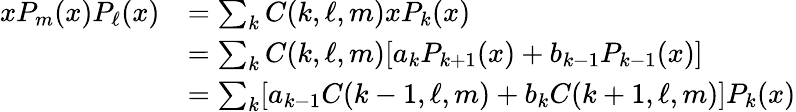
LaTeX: \begin{array}{rl}{xP_{m}(x)P_{\ell}(x)}&{=\sum_{k}C(k,\ell,m)xP_{k}(x)}\\ &{=\sum_{k}C(k,\ell,m)[a_{k}P_{k+1}(x)+b_{k-1}P_{k-1}(x)]}\\ &{=\sum_{k}[a_{k-1}C(k-1,\ell,m)+b_{k}C(k+1,\ell,m)]P_{k}(x)}\end{array}